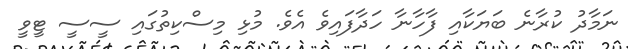
ނަމާދު ކުރާނެ ބަޔަކާއި ފާހާނާ ހަދާފައިވެ އެވެ. މުޅި މިސްކިތުގައި ސީސީ ޓީވީ